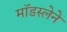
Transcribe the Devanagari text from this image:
मॉडस्लेने